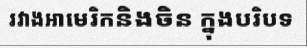
រវាងអាមេរិកនិងចិន ក្នុងបរិបទ